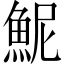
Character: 𫙖